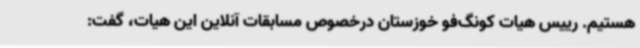
هستیم. رییس هیات کونگ‌فو خوزستان درخصوص مسابقات آنلاین این هیات، گفت: